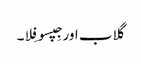
گلاب اور جِپسوفِلا۔